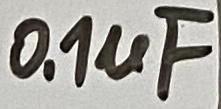
Text: 0,1µF